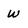
Character: w